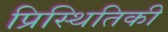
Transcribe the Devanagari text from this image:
प्रिस्थितिकी